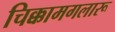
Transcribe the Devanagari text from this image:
चिक्कामगलारू